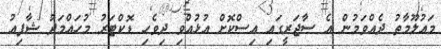
މައުލޫމާތު ދެއްވަމުން އެ ސާޖަރީގައި އިސްކޮށް އުޅުއްވި ދިވެހި ޑޮކްޓަރު މުހައްމަދު ޝާފިއު